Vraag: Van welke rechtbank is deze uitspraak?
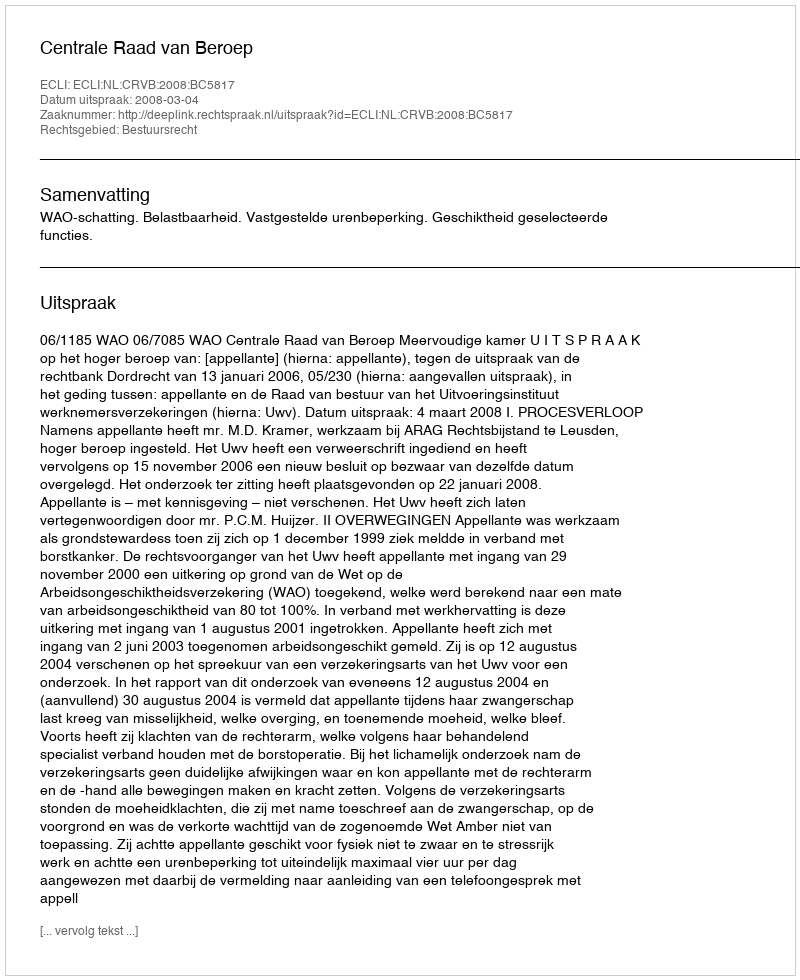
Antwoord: Centrale Raad van Beroep